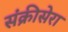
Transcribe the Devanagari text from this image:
संक्रीसेरा